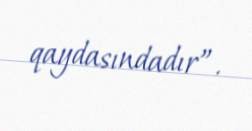
qaydasındadır”.